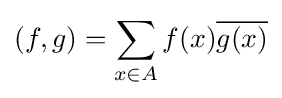
(f,g)=\sum _{x\in A}f(x){\overline {g(x)}}